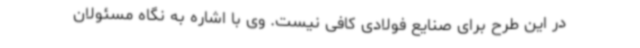
در این طرح برای صنایع فولادی کافی نیست. وی با اشاره به نگاه مسئولان